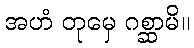
အဟံ တုမှေ ဂစ္ဆာမိ။